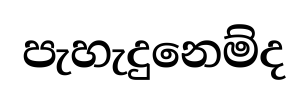
පැහැදුනෙම්ද